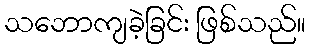
သဘောကျခဲ့ခြင်း ဖြစ်သည်။